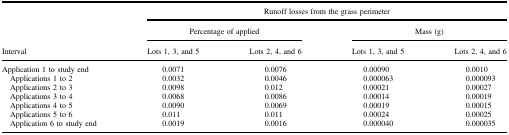
<table><thead><tr><td></td><td colspan="4"><b>Runoff losses from the grass perimeter</b></td></tr><tr><td></td><td colspan="2"><b>Percentage of applied</b></td><td colspan="2"><b>Mass (g)</b></td></tr><tr><td><b>Interval</b></td><td><b>Lots 1, 3, and 5</b></td><td><b>Lots 2, 4, and 6</b></td><td><b>Lots 1, 3, and 5</b></td><td><b>Lots 2, 4, and 6</b></td></tr></thead><tbody><tr><td>Application 1 to study end</td><td>0.0071</td><td>0.0076</td><td>0.00090</td><td>0.0010</td></tr><tr><td> Applications 1 to 2</td><td>0.0032</td><td>0.0046</td><td>0.000063</td><td>0.000093</td></tr><tr><td> Applications 2 to 3</td><td>0.0098</td><td>0.012</td><td>0.00021</td><td>0.00027</td></tr><tr><td> Applications 3 to 4</td><td>0.0068</td><td>0.0086</td><td>0.00014</td><td>0.00019</td></tr><tr><td> Applications 4 to 5</td><td>0.0090</td><td>0.0069</td><td>0.00019</td><td>0.00015</td></tr><tr><td> Applications 5 to 6</td><td>0.011</td><td>0.011</td><td>0.00024</td><td>0.00025</td></tr><tr><td> Application 6 to study end</td><td>0.0019</td><td>0.0016</td><td>0.000040</td><td>0.000035</td></tr></tbody></table>